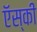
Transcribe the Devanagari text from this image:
ऍस्की